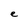
Character: e